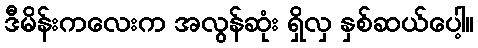
ဒီမိန်းကလေးက အလွန်ဆုံး ရှိလှ နှစ်ဆယ်ပေါ့။